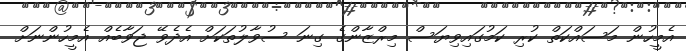
އެމީހުން މަސައްކަތް ކުރި ކަމުގައިވިޔަސް މިރްޒާންގެ ގިނަ ސުވާލުތަކަށް އެދެވޭ ޖަވާބެއް އެމީހުންނަށް